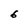
Character: 6